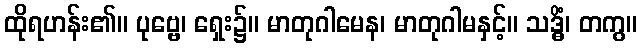
ထိုရဟန်း၏။ ပုဗ္ဗေ၊ ရှေး၌။ မာတုဂါမေန၊ မာတုဂါမနှင့်။ သဒ္ဓိံ၊ တကွ။